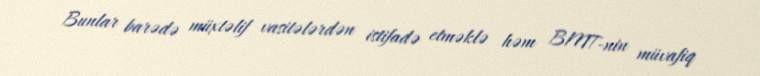
Bunlar barədə müxtəlif vasitələrdən istifadə etməklə həm BMT-nin müvafiq